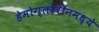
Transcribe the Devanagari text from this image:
हेमोग्लोबीनमध्ये